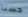
حسنا